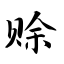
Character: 赊